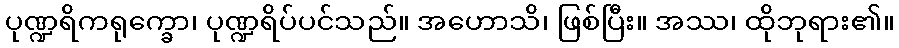
ပုဏ္ဍရိကရုက္ခော၊ ပုဏ္ဍရိပ်ပင်သည်။ အဟောသိ၊ ဖြစ်ပြီး။ အဿ၊ ထိုဘုရား၏။